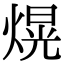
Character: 熀